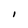
Character: I